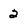
Character: 2